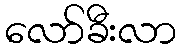
လော်ခီးလာ